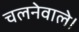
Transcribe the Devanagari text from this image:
चलनेवाले।